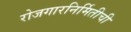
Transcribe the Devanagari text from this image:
रोजगारनिर्मितीची